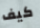
كيف